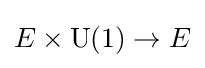
E\times \operatorname {U} (1)\rightarrow E